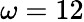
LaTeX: \omega=12